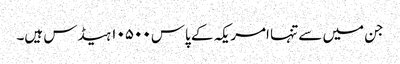
جن میں سے تنہا امریکہ کے پاس ۱۰۵۰۰ ہیڈس ہیں۔